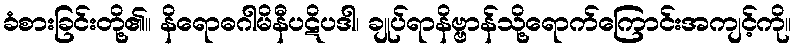
ခံစားခြင်းတို့၏။ နိရောဓဂါမိနီပဋိပဒါ၊ ချုပ်ရာနိဗ္ဗာန်သို့ရောက်ကြောင်းအကျင့်ကို။